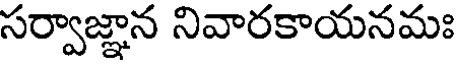
సర్వాజ్ఞాన నివారకాయనమః